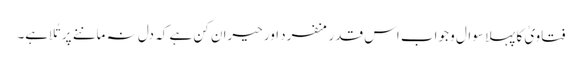
فتاویٰ کا پہلا سوال و جواب اس قدر منفرد اور حیران کن ہے کہ دل نہ ماننے پر تُلا ہے۔